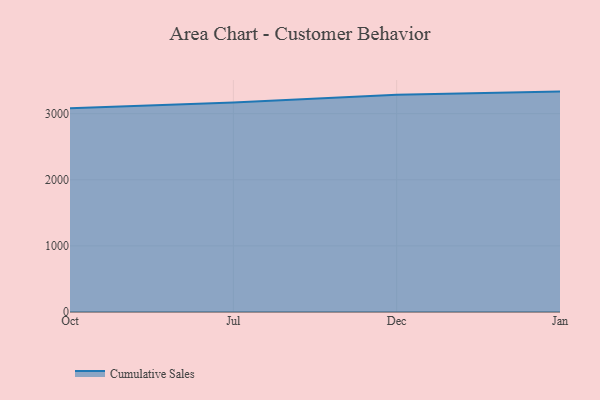
{"axis": {"x": "Month", "y": "Energy Usage (MWh)"}, "legend": ["Cumulative Sales"], "data": [{"x": "Oct", "y": 3080.6, "type": "Cumulative Sales"}, {"x": "Jul", "y": 3169.0, "type": "Cumulative Sales"}, {"x": "Dec", "y": 3287.8, "type": "Cumulative Sales"}, {"x": "Jan", "y": 3333.7, "type": "Cumulative Sales"}]}